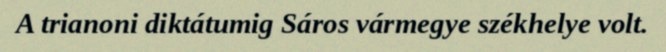
A trianoni diktátumig Sáros vármegye székhelye volt.